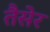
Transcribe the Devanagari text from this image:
तैसेर